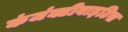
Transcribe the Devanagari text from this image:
कंजंक्टीवाइटिस